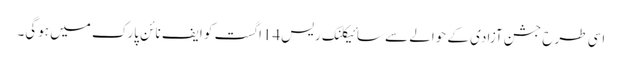
اسی طرح جشن آزادی کے حوالے سے سائیکلنک ریس14اگست کو ایف نائن پارک میں ہوگی۔